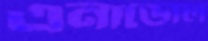
এনাডোল